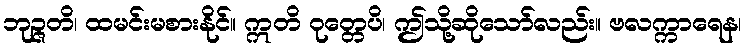
ဘုဉ္ဇတိ၊ ထမင်းမစားနိုင်။ ဣတိ ဝုတ္တေပိ၊ ဤသို့ဆိုသော်လည်း။ ဗလက္ကာရေန၊